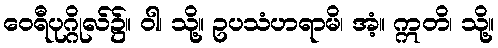
ဝေရီပုဂ္ဂိုလ်၌။ ဝါ၊ သို့။ ဥပသံဟရာမိ၊ အံ့။ ဣတိ၊ သို့။